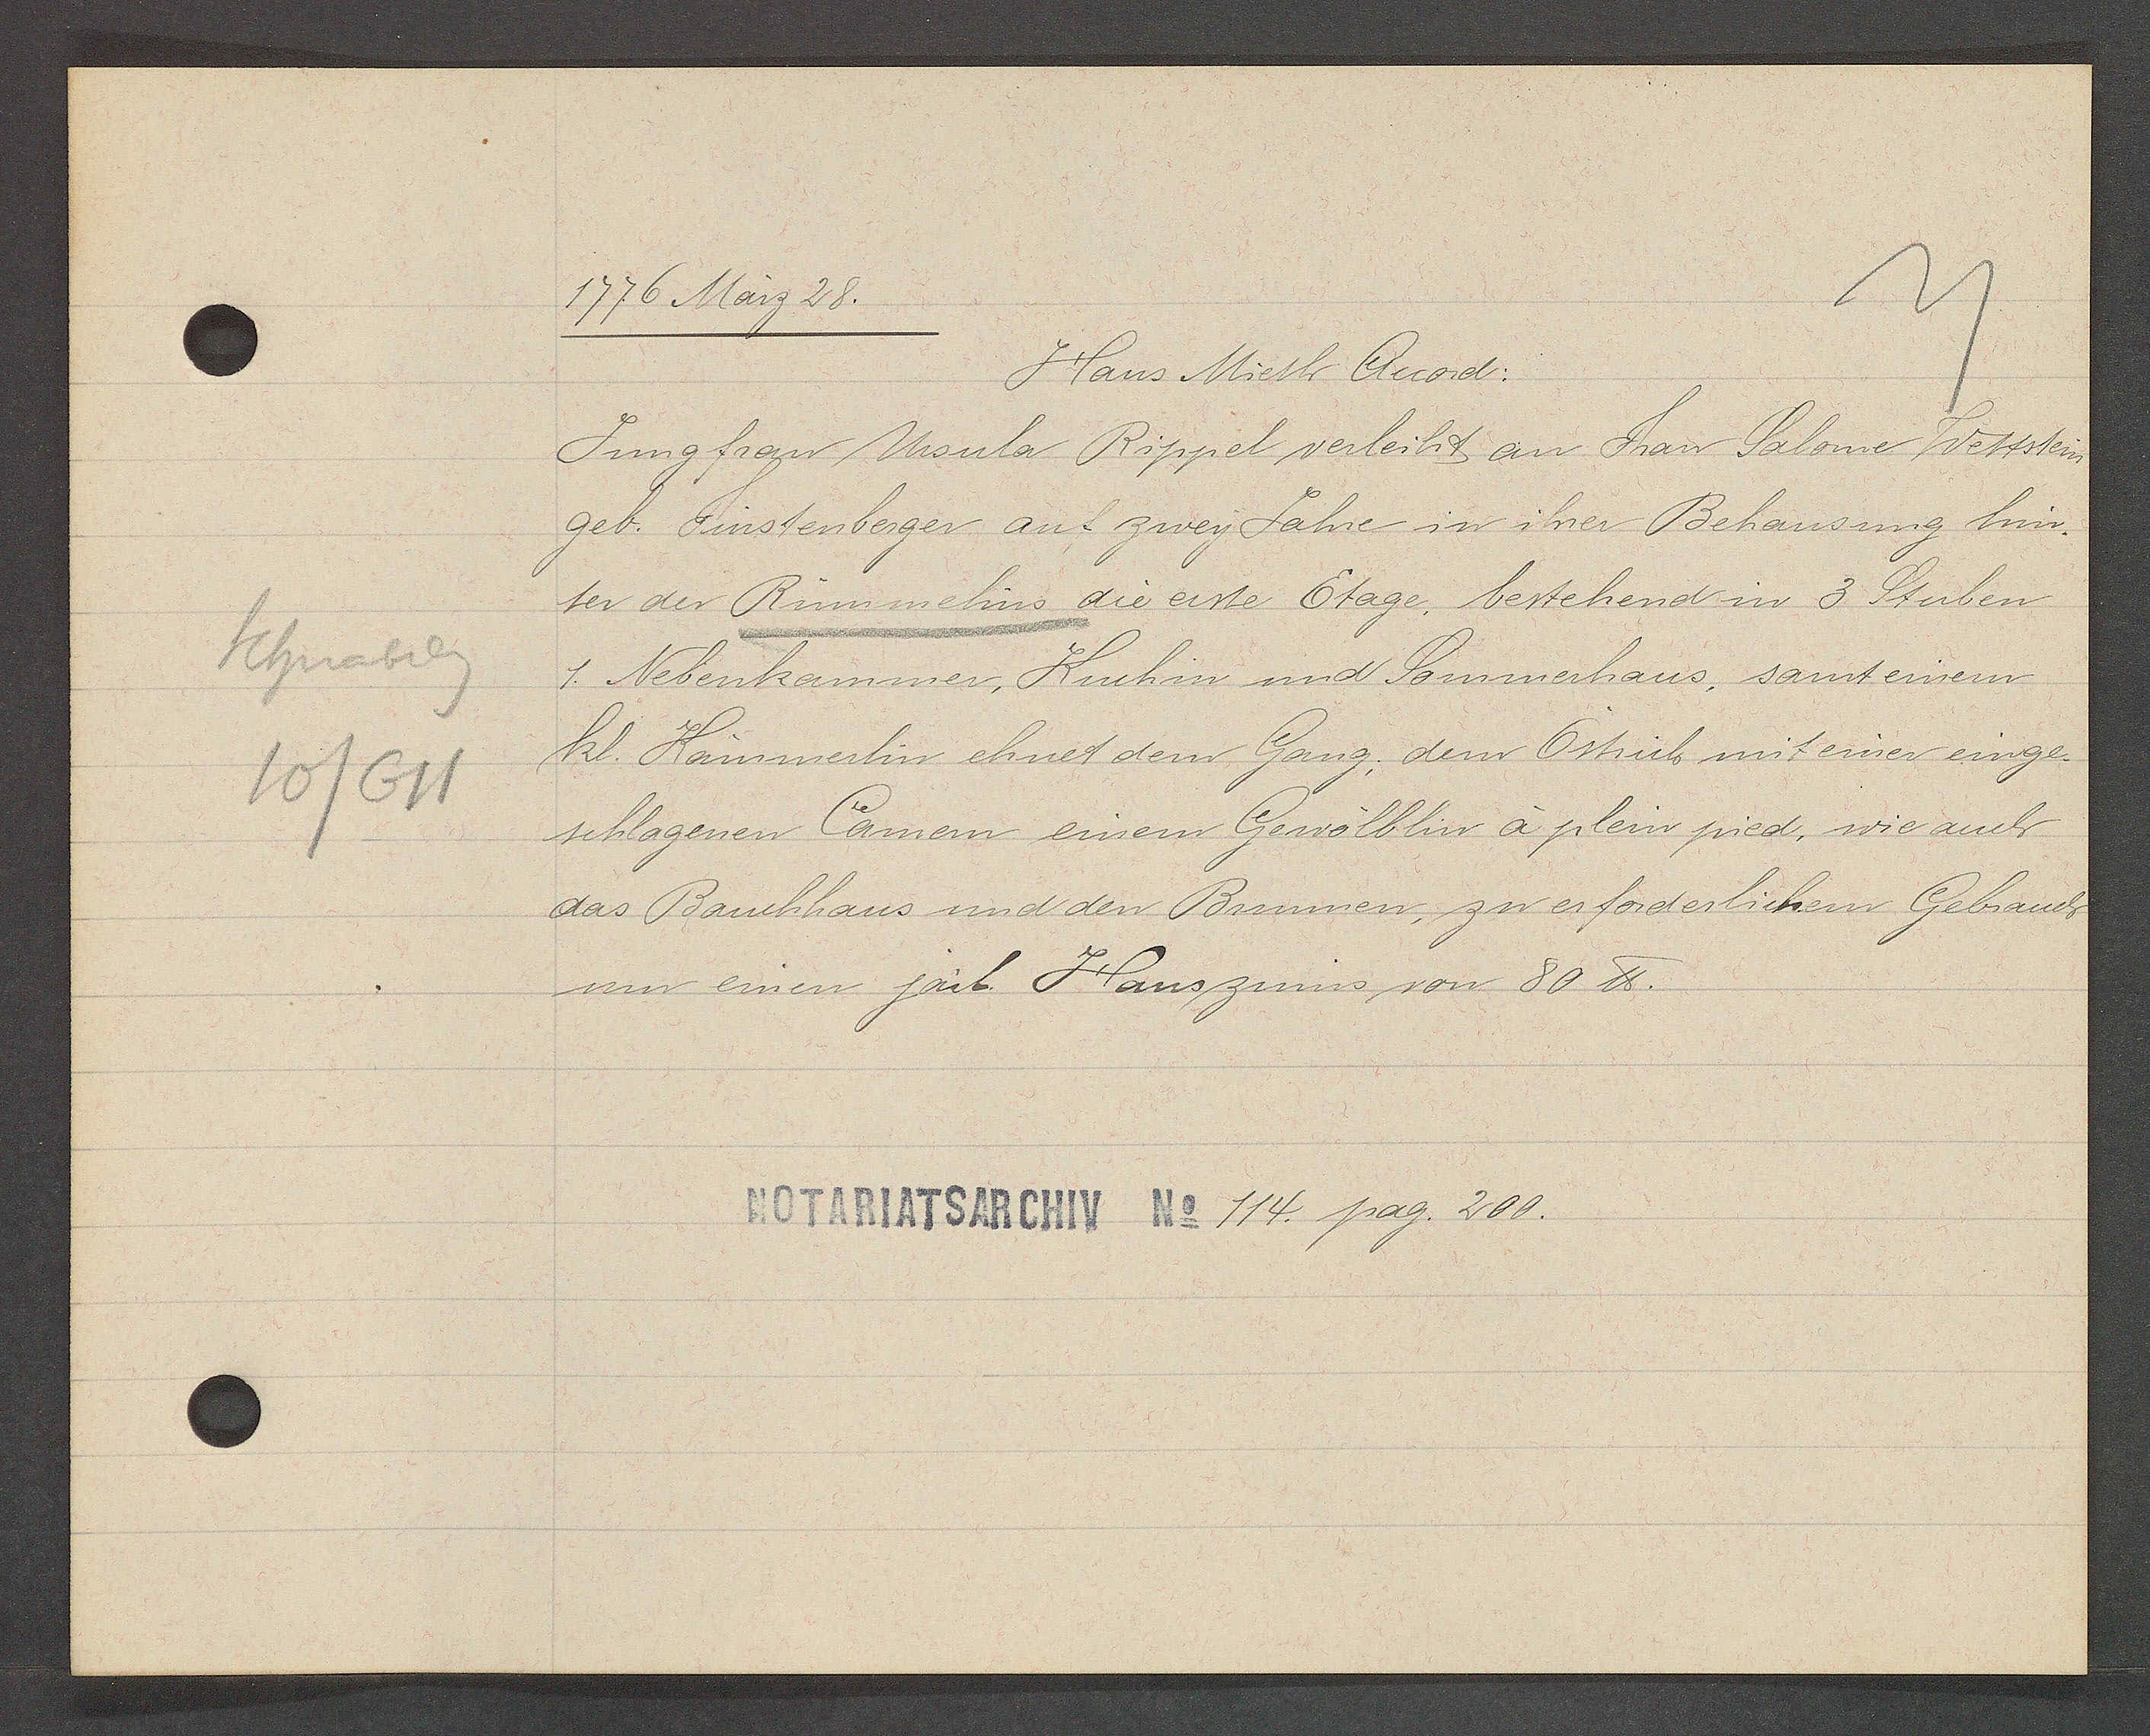
Transcript:
Schnabelg
10/611

1776 März 28.

Hans Mieth Quod:
Jungfrau Ursula Rippel verleiht an Frau Salome Wettstein
geb. Finstenberger auf zwey Jahre in ihrer Behausung hin¬
ter der Rümmelins die erste Etage, bestehend in 3 Stuben
1. Nebenkammer, Kuchin und Sommerhaus, samt einem
kl. Kämmerlin ehnet dem Gang, dem Ostrich mit einer einge¬
schlagenen Camem einem Gewölblin à plein pied, wie auch
das Bauchhaus und den Brunnen, zu erforderlichen Gebrauch
um einen järl. Hauszinns von 80 ℔.

Notariatsarchiv No 114. pag. 200.